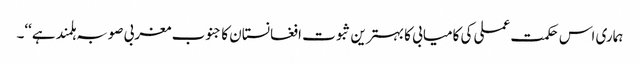
ہماری اس حکمت عملی کی کامیابی کا بہترین ثبوت افغانستان کا جنوب مغربی صوبہ ہلمند ہے‘‘۔